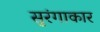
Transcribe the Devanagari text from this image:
सुरंगाकार